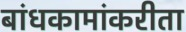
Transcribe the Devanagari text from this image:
बांधकामांकरीता